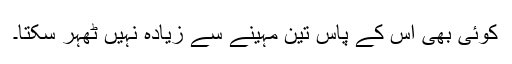
کوئی بھی اس کے پاس تین مہینے سے زیادہ نہیں ٹھہر سکتا۔